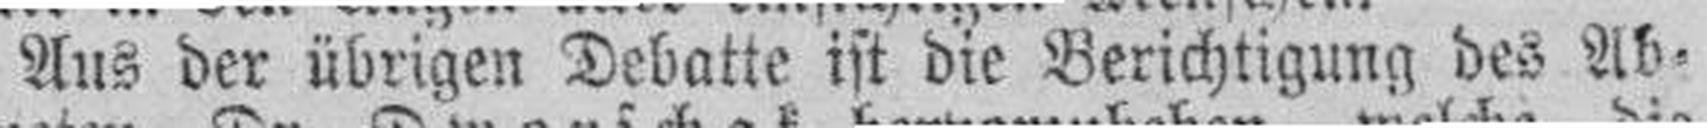
Aus der übrigen Debatte ist die Berichtigung des Ab¬